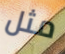
مثل